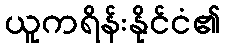
ယူကရိန်းနိုင်ငံ၏